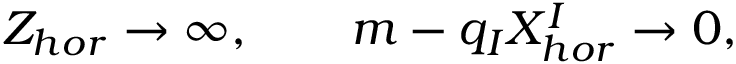
Z _ { h o r } \to \infty , \qquad m - q _ { I } X _ { h o r } ^ { I } \to 0 ,